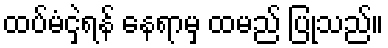
ထပ်မံငှဲ့ရန် နေရာမှ ထမည် ပြုသည်။